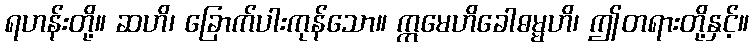
ရဟန်းတို့။ ဆဟိ၊ ခြောက်ပါးကုန်သော။ ဣမေဟိခေါဓမ္မဟိ၊ ဤတရားတို့နှင့်။